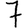
Digit: 7